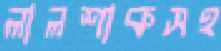
লালশাকসহ